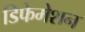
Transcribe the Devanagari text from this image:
डिफेमेशन